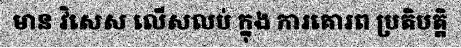
មាន វិសេស លើសលប់ ក្នុង ការគោរព ប្រតិបត្តិ